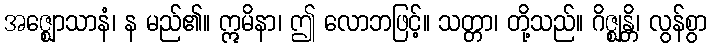
အဇ္ဈောသာနံ၊ န မည်၏။ ဣမိနာ၊ ဤ လောဘဖြင့်။ သတ္တာ၊ တို့သည်။ ဂိဇ္ဈန္တိ၊ လွန်စွာ